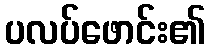
ပလပ်ဖောင်း၏